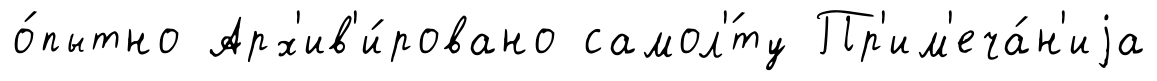
о́пытно Арх'ив'и́ровано самол'́ту Пр'им'еча́н'иjа